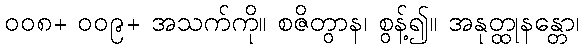
၀၀၈+ ၀၀၉+ အသက်ကို။ စဇိတွာန၊ စွန့်၍။ အနုတ္ထုနန္တော၊